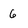
Character: 6